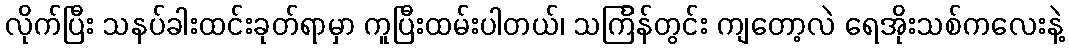
လိုက်ပြီး သနပ်ခါးထင်းခုတ်ရာမှာ ကူပြီးထမ်းပါတယ်၊ သင်္ကြန်တွင်း ကျတော့လဲ ရေအိုးသစ်ကလေးနဲ့